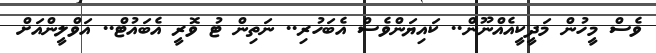
ވެސް މީހުން މަދީކީއެއްނޫން.. ކައިޔަންވެސް އެބަހުރި.. ނަތިން ޓު ވޮރީ އެބައުޓް.. އަވްލީންއަށް